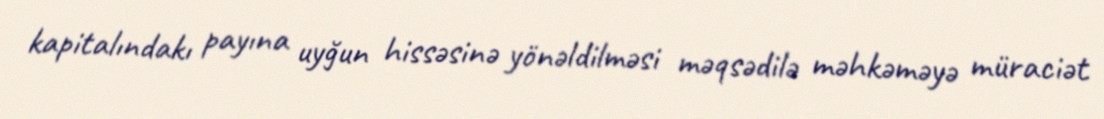
kapitalındakı payına uyğun hissəsinə yönəldilməsi məqsədilə məhkəməyə müraciət